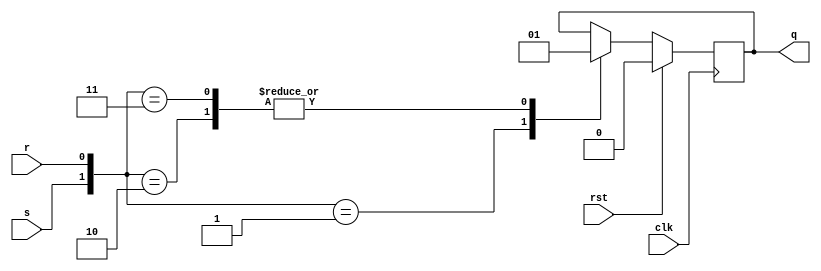
module RSFF(clk,s,r,q,rst);
input s,r,clk,rst;
output reg q;
always @(posedge clk) begin
    if (rst) q<=1'b0;
    else begin 
    case ({s,r})
        2'b01:q<=1'b0;
        2'b10:q<=1'b1;
        2'b11:q<=1'b1;
    endcase 
    end
end
endmodule